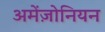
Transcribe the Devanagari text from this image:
अमेंज़ोनियन